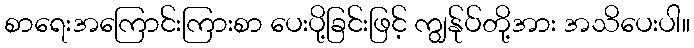
စာရေးအကြောင်းကြားစာ ပေးပို့ခြင်းဖြင့် ကျွန်ုပ်တို့အား အသိပေးပါ။